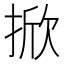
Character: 掀